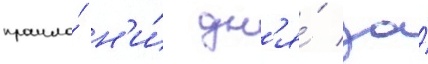
прошло́ н'и́ дн'я́ за́